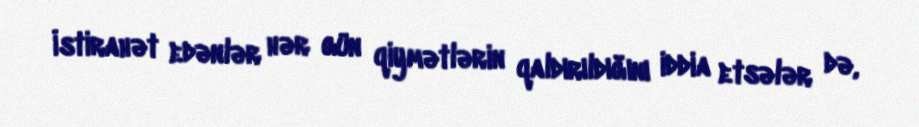
İstirahət edənlər hər gün qiymətlərin qaldırıldığını iddia etsələr də,